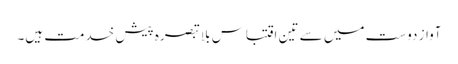
آواز دوست میں سے تین اقتباس بلا تبصرہ پیش خدمت ہیں۔